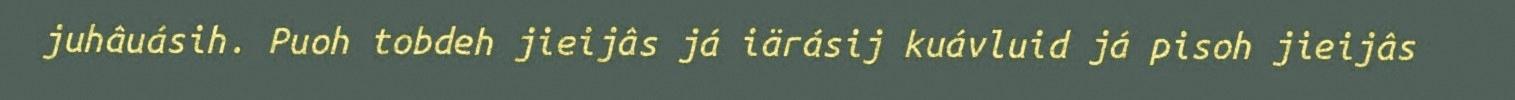
juhâuásih. Puoh tobdeh jieijâs já iärásij kuávluid já pisoh jieijâs